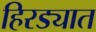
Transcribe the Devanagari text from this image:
हिरड्यात